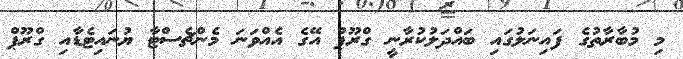
މި މުބާރާތުގެ ފައިނަލުގައި ބައްދަލުކުރާނީ ގްރޫޕް އޭގެ އެއްވަނަ މެންޗެސްޓާ ޔުނައިޓެޑާއި ގްރޫޕް